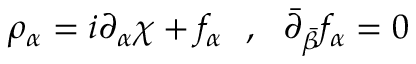
\rho _ { \alpha } = i \partial _ { \alpha } \chi + f _ { \alpha } \ \ , \ \ \bar { \partial } _ { \bar { \beta } } f _ { \alpha } = 0